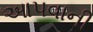
આપવાની